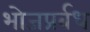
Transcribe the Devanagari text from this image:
भोजप्रर्बध